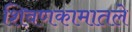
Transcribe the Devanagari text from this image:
शिवणकामातले